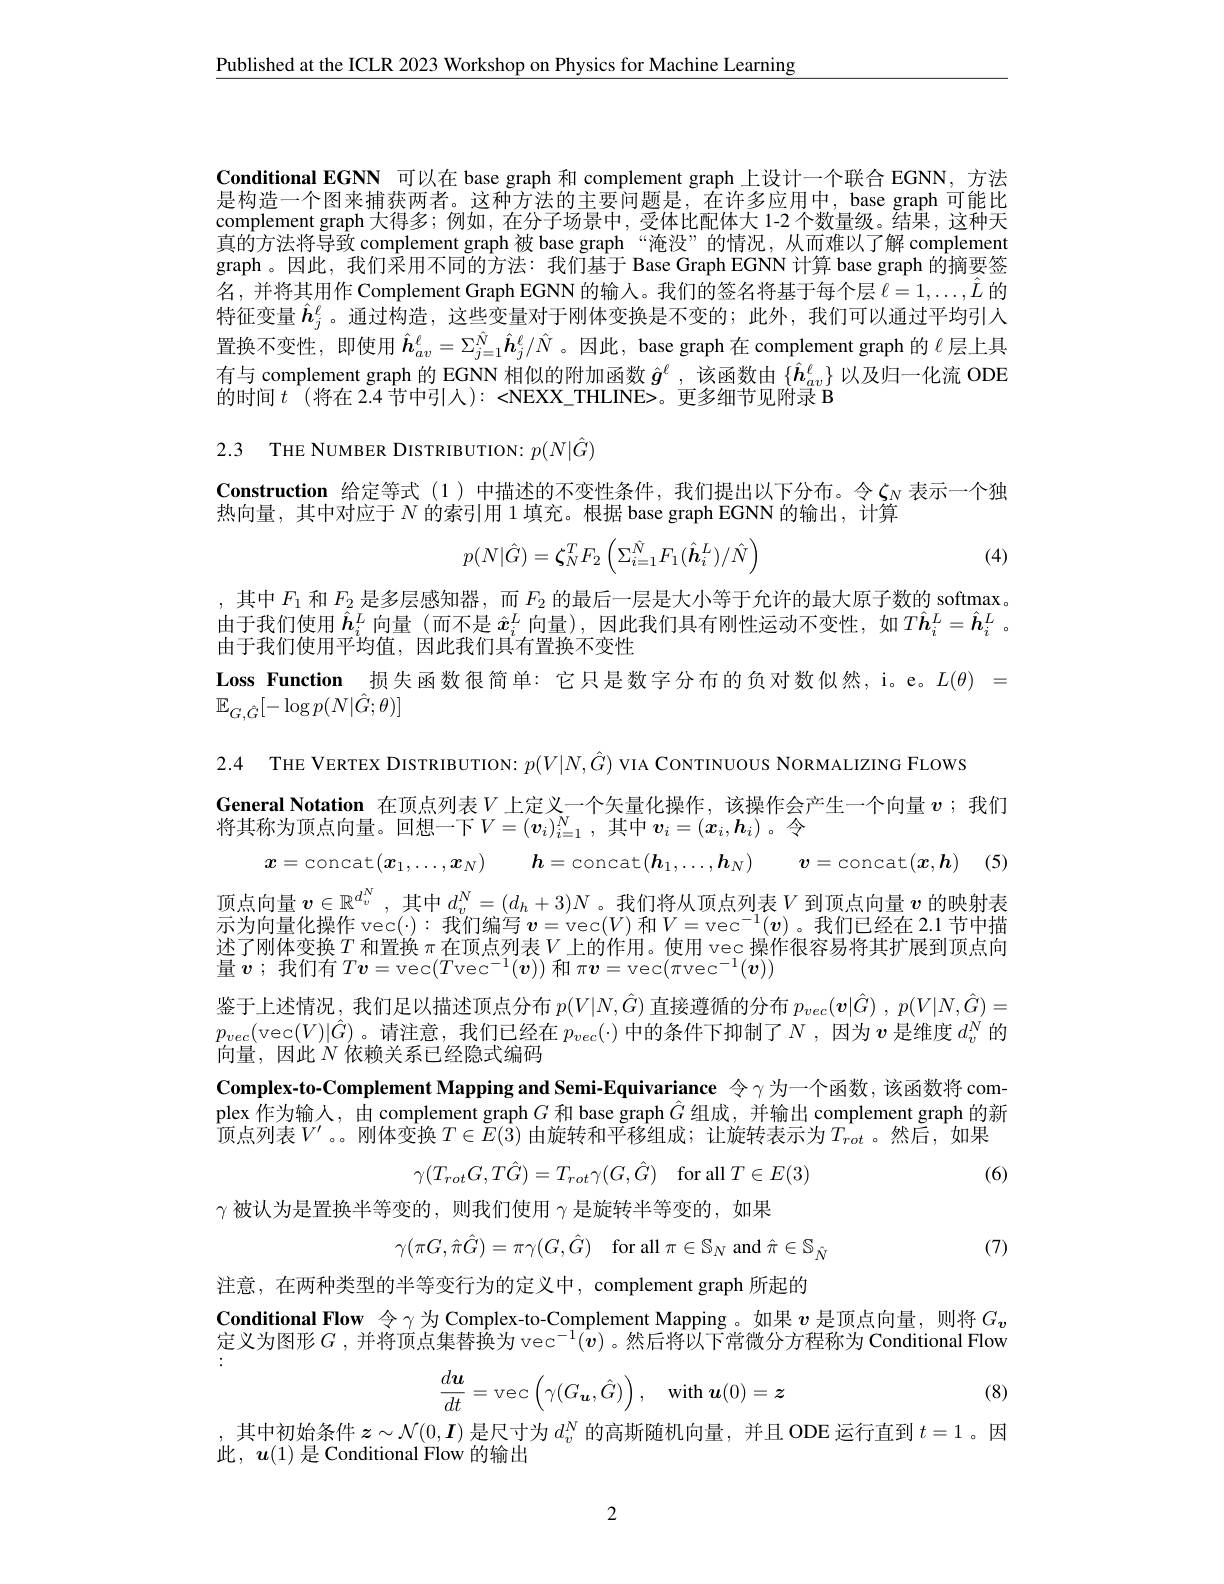
$\underline{\text{Published at the ICLR 2023 Workshop on Physics for Machine Learning}}$

Conditional EGNN 可以在 base graph 和 complement graph 上设计一个联合 EGNN, 方法是构造一个图来捕获两者。这种方法的主要问题是，在许多应用中，base graph 可能比complement graph 大得多；例如，在分子场景中，受体比配体大 1-2 个数量级。结果，这种天真的方法将导致 complement graph 被 base graph “淹没”的情况，从而难以了解 complement graph 。因此，我们采用不同的方法：我们基于 Base Graph EGNN 计算 base graph 的摘要签名，并将其用作 Complement Graph EGNN 的输入。我们的签名将基于每个层$\ell=1,\ldots,\hat{L}$的特征变量$\hat{\boldsymbol{h}}_j^\ell$。通过构造，这些变量对于刚体变换是不变的；此外，我们可以通过平均引入置换不变性，即使用$\hat{\boldsymbol{h}}_{av}^\ell=\Sigma_{j=1}^{\hat{N}}\hat{\boldsymbol{h}}_j^\ell/\hat{N}$。因此，base graph 在 complement graph 的 $\ell$层上具有与 complement graph 的 EGNN 相似的附加函数$\hat{g}^\ell$ ,该函数由$\{\hat{h}_{av}^\ell\}$以及归一化流 ODE 的时间$t$ (将在 2.4 节中引人):<NEXX\_THLINE>。更多细节见附录 B

2.3 THE NUMBER DISTRIBUTION: $p(N|\hat{G})$

Construction 给定等式(1)中描述的不变性条件，我们提出以下分布。令$\zeta_N$ 表示一个独
热向量，其中对应于$N$的索引用 1 填充。根据 base graph EGNN 的输出，计算
$$p(N|\hat{G})=\boldsymbol{\zeta}_N^TF_2\begin{pmatrix}\Sigma_{i=1}^{\hat{N}}F_1(\hat{\boldsymbol{h}}_i^L)/\hat{N}\end{pmatrix}$$
(4)

,其中$F_1$和$F_2$是多层感知器，而$F_2$的最后一层是大小等于允许的最大原子数的 softmax。由于我们使用$\hat{\boldsymbol{h}}_i^L$向量 (而不是$\hat{x}_i^L$向量),因此我们具有刚性运动不变性，如$T\hat{\boldsymbol{h}}_i^L=\hat{\boldsymbol{h}}_i^L$ 。由于我们使用平均值，因此我们具有置换不变性
Loss Function 损失函数很简单：它只是数字分布的负对数似然，i。e。$L( \theta )$ =
$\mathbb{E}_{G,\hat{G}}[-\log p(N|\hat{G};\theta)]$

2.4 THE VERTEX DISTRIBUTION: $p(V|N,\hat{G})$ VIA CONTINUOUS NORMALIZING FLOWS
General Notation 在顶点列表$V$ 上定义一个矢量化操作，该操作会产生一个向量 $v$ ;我们
将其称为顶点向量。回想一下$V=(\boldsymbol{v}_i)_{i=1}^N$, 其中 $\boldsymbol v_i=(\boldsymbol{x}_i,\boldsymbol{h}_i)$ 。令
$$x=\mathrm{concat}(x_{1},\ldots,x_{N})\quad h=\mathrm{concat}(h_{1},\ldots,h_{N})\quad v=\mathrm{concat}(x,h)$$
(5)

顶点向量$v\in\mathbb{R}^{d_v^N}$,其中$d_v^N=(d_h+3)N$ 。我们将从顶点列表$V$到顶点向量$v$的映射表示为向量化操作 vec(-): 我们编写$\boldsymbol{v}=$vec$(V)$和$V=$vec$^-1(\boldsymbol{v})$ 。我们已经在 2.1 节中描述了刚体变换$T$和置换 $\pi$ 在顶点列表$V$ 上的作用。使用 vec 操作很容易将其扩展到顶点向量$v$ ;我们有$T\boldsymbol{v}=$vec$(T\text{vec}^-1(\boldsymbol{v}))$和$\pi\boldsymbol{v}=$vec$(\pi$vec$^-1(\boldsymbol{v}))$

鉴于上述情况，我们足以描述顶点分布$p(V|N,\hat{G})$直接遵循的分布$p_vec( \boldsymbol{v}| \hat{G} )$ , $p( V| N, \hat{G} ) =$ $p_{vec}($vec$(V)|\hat{G})$。请注意，我们已经在$p_vec(\cdot)$中的条件下抑制了$N$ ,因为$\boldsymbol v$是维度$d_v^N$的向量，因此$N$依赖关系已经隐式编码
Complex-to-Complement Mapping and Semi-Equivariance 令γ为一个函数，该函数将 complex 作为输入，由 complement graph $G$和 base graph $\hat{G}$组成，并输出 complement graph 的新$\hat{\text{顶点列表}V^{\prime}}$。。刚体变换$T\in\tilde{E}(\hat{3})\bar{\text{ 由旋转和平移组成；让旋转表示为}T_{rot}}$。然后，如果
$$\gamma(T_{rot}G,T\hat{G})=T_{rot}\gamma(G,\hat{G})\quad\text{for all}\:T\in E(3)$$
(6)

$\gamma$被认为是置换半等变的，则我们使用$\gamma$是旋转半等变的，如果
$$\gamma(\pi G,\hat{\pi}\hat{G})=\pi\gamma(G,\hat{G})\quad\text{for all}\pi\in\mathbb{S}_N\text{and}\hat{\pi}\in\mathbb{S}_{\hat{N}}$$
(7)

注意，在两种类型的半等变行为的定义中，complement graph 所起的
Conditional Flow 令$\gamma$为 Complex-to-Complement Mapping。如果$v$是顶点向量，则将$G_{\boldsymbol{v}}$ 定义为图形$G$ ,并将顶点集替换为 vec$^-1(\hat{\boldsymbol{v}})$ 。然后将以下常微分方程称为 Conditional Flow
$$\dfrac{d\boldsymbol{u}}{dt}=\text{vec}\left(\gamma(G_{\boldsymbol{u}},\hat{G})\right),\quad\text{with}\boldsymbol{u}(0)=\boldsymbol{z}$$
(8)

其中初始条件$z\sim\mathcal{N}(0,\boldsymbol{I})$是尺寸为$d_v^N$的高斯随机向量，并且 ODE 运行直到$t=1$ 。因
此，$\boldsymbol u(1)$是 Conditional Flow 的输出

2